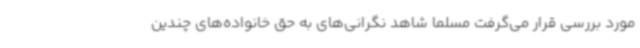
مورد بررسی قرار می‌گرفت مسلماً شاهد نگرانی‌های به حق خانواده‌های چندین